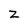
Character: z